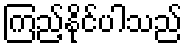
ကြည့်နိုင်ပါသည်